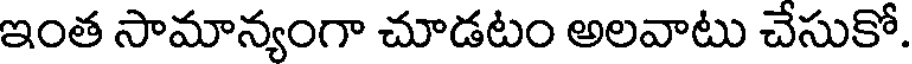
ఇంత సామాన్యంగా చూడటం అలవాటు చేసుకో.